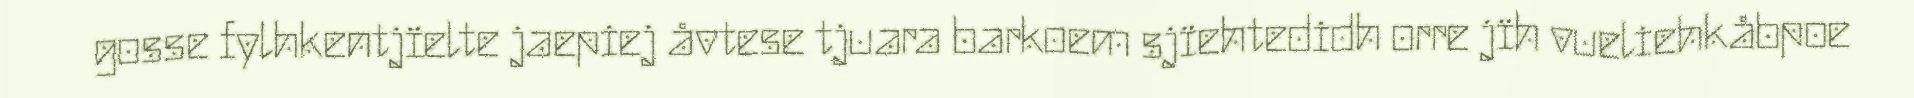
gosse fylhkentjïelte jaepiej åvtese tjuara barkoem sjïehtedidh orre jïh vueliehkåbpoe